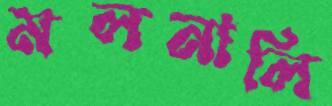
মলনালি